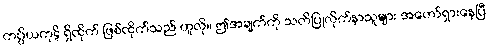
ကပ္ပိယကုဋိ ရှိထိုက် ဖြစ်ထိုက်သည် ဟူလို။ ဤအချက်ကို သတိပြုလိုက်နာသူများ အတော်ရှားနေပြီ